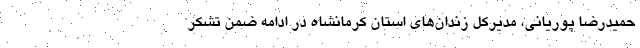
حمیدرضا پوریانی، مدیرکل زندان‌های استان کرمانشاه در ادامه ضمن تشکر